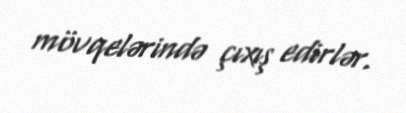
mövqelərində çıxış edirlər.